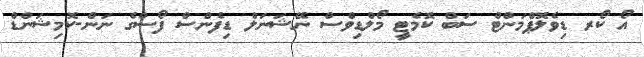
އޯ ކޯރ ޑިވެލޮޕްމަންޓް ސަބް ކޮމެޓީ މޯލްޑިވްސް ނޭޝަނަލް ޑިފެންސް ފޯސްގެ ނަން-ކޮމިޝަންޑް